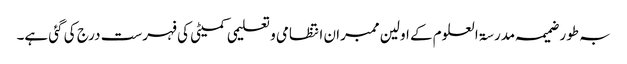
بہ طور ضمیمہ مدرسۃ العلوم کے اولین ممبران انتظامی و تعلیمی کمیٹی کی فہرست درج کی گئی ہے۔